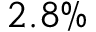
2 . 8 \%